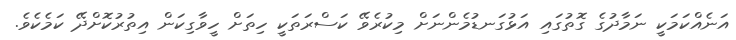
އަނެއްކަމަކީ ނަމާދުގެ ގޮތުގައި އަޅުގަނޑުމެންނަށް މިކުރެވޭ ކަސްރަތަކީ ހިތަށް ހީވާގިކަން އިތުރުކޮށްދޭ ކަމެކެވެ.